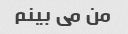
من می بینم